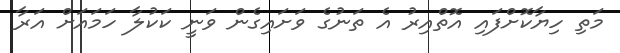
މަތި ހިޔާކޮށްފައި އޮތްއިރު އެ ތަނުގެ ވަށައިގެން ވަނީ ކަކުލާ ހަމައަށް އަރާ